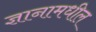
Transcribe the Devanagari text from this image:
ज्ञानामधील